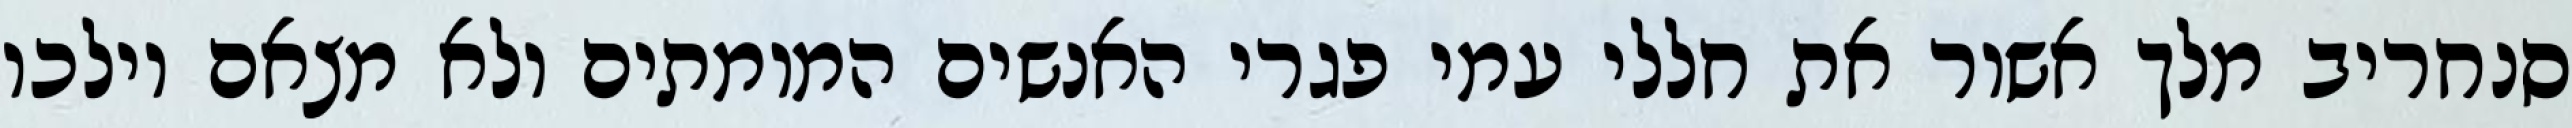
סנחריב מלך אשור את חללי עמי פגרי האנשים המומתים ולא מצאם וילכו